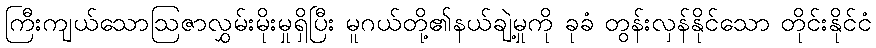
ကြီးကျယ်သောဩဇာလွှမ်းမိုးမှုရှိပြီး မူဂယ်တို့၏နယ်ချဲ့မှုကို ခုခံ တွန်းလှန်နိုင်သော တိုင်းနိုင်ငံ